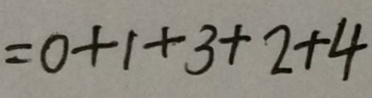
= 0 + 1 + 3 + 2 + 4